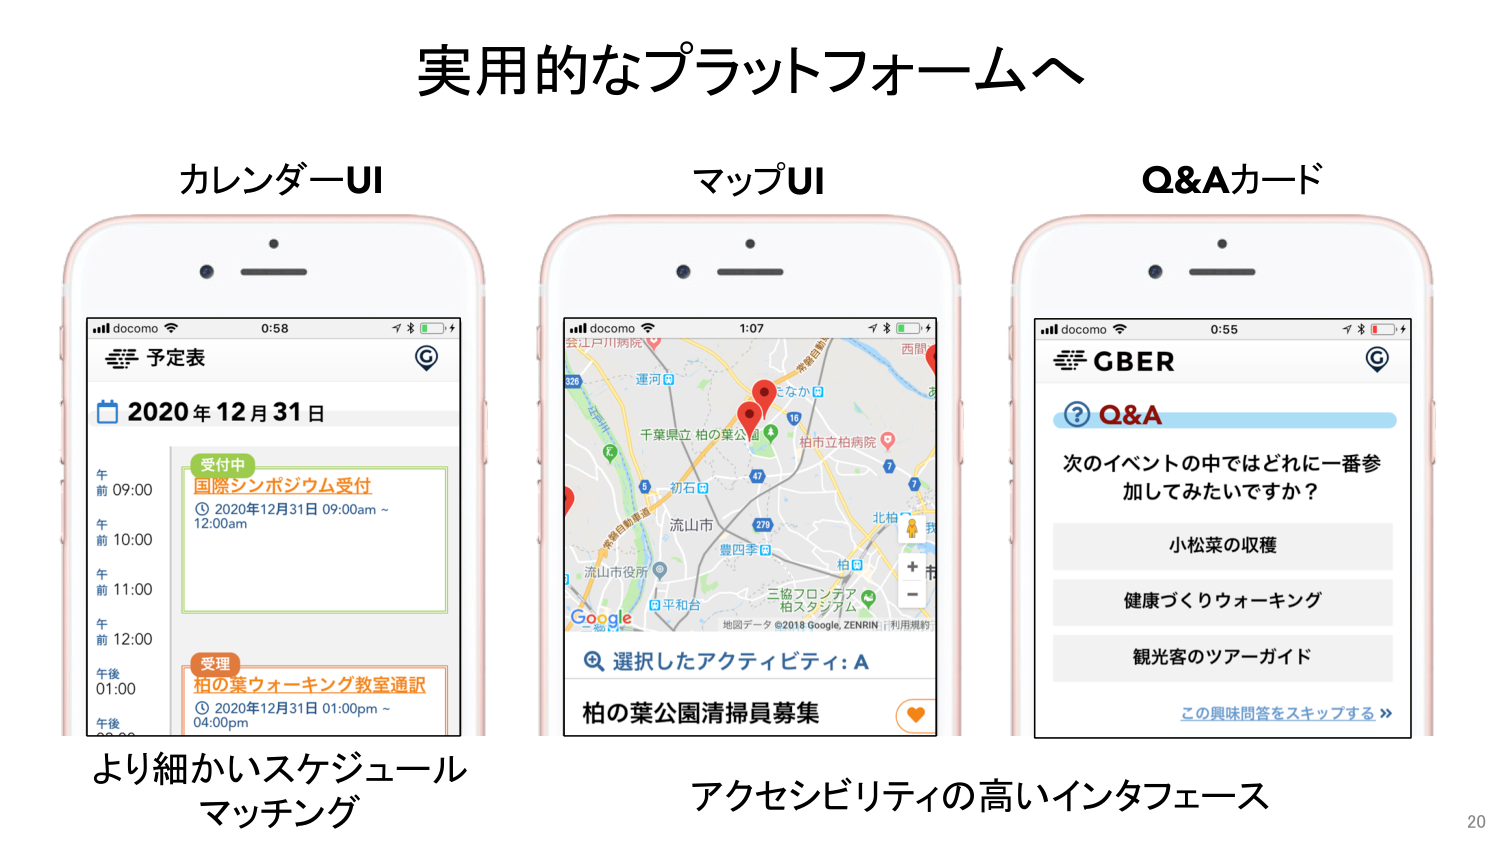
実用的なプラットフォームへ

カレンダーUI
マップUI
Q&Aカード

docomo 0:58
予定表
2020年12月31日
午前 09:00
受付中
国際シンポジウム受付
① 2020年12月31日 09:00am ~ 12:00am
午前 10:00
午前 11:00
午前 12:00
午後 01:00
受理
柏の葉ウォーキング教室通訳
① 2020年12月31日 01:00pm ~ 04:00pm
午後

docomo 1:07
芸江戸川病院
運河
千葉県立 柏の葉公園
柏市立柏病院
西関
326
5
初石
流山市
豊四季
柏
平和台
三協フロンテア
柏スタジアム
Google
地図データ ©2018 Google, ZENRIN 利用規約
選択したアクティビティ: A
柏の葉公園清掃員募集

docomo 0:55
GBER
Q&A
次のイベントの中ではどれに一番参加してみたいですか？
小松菜の収穫
健康づくりウォーキング
観光客のツアーガイド
この趣味問答をスキップする >>

より細かいスケジュール
マッチング

アクセシビリティの高いインターフェース

20